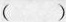
()